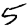
Digit: 5